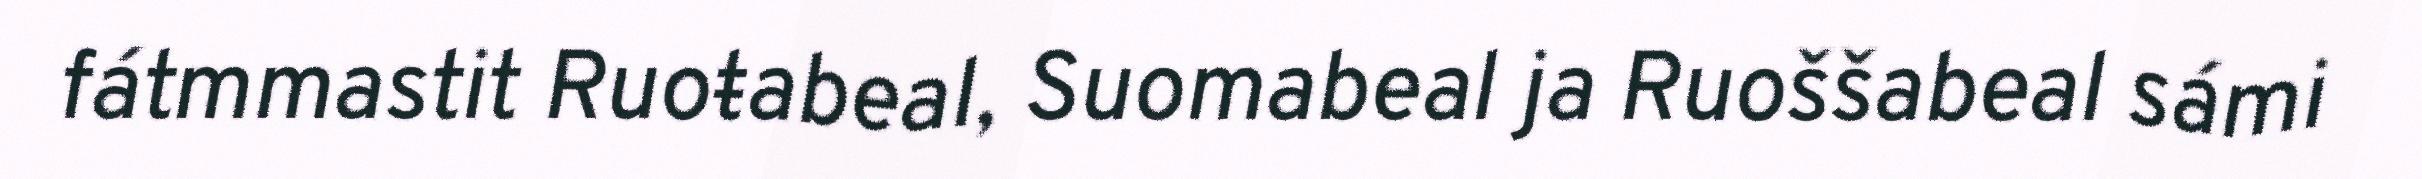
fátmmastit Ruoŧabeal, Suomabeal ja Ruoššabeal sámi